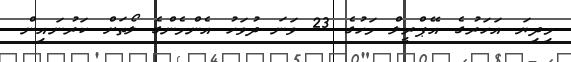
މިދިޔަ އަހަރުގެ އޭޕްރީލް މަހުގެ 23 ވަނަ ދުވަހު އެންމެންގެ ލޯތަށް ކަރުނައިން